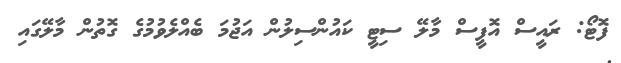
ފޮޓޯ: ރައީސް އޮފީސް މާލޭ ސިޓީ ކައުންސިލުން އަޖުމަ ބެއްލެވުމުގެ ގޮތުން މާލޭގައި